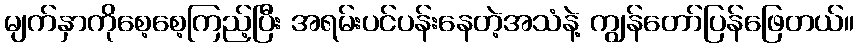
မျက်နှာကိုစေ့စေ့ကြည့်ပြီး အရမ်းပင်ပန်းနေတဲ့အသံနဲ့ ကျွန်တော်ပြန်ဖြေတယ်။